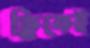
ক্লিকেই